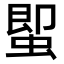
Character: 𮔕